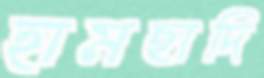
হামছাদি